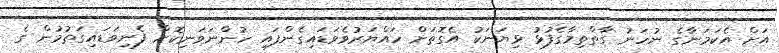
އަށް އެކަމަނާގެ ނުހަނު ގާތްތިމާގެފުޅު ޅިޔަނަކު އެގޮތަށް ހައްޔަރުވެވަޑައިގެންފައި ހުންނަވަނިކޮށް ފެނިވަޑައިގަތުމުން ގެ